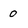
Character: 0